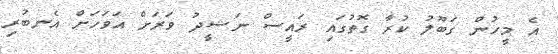
އެ މީހުން ގަބޫލު ކުރާ ގޮތުގައި ރައީސް ނަޝީދު ވަރަށް އަވަހަށް އެނބުރި